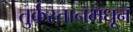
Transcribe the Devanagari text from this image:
तुर्कस्तानमधून